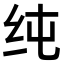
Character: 纯